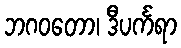
ဘဂဝတော၊ ဒီပင်္ကရာ